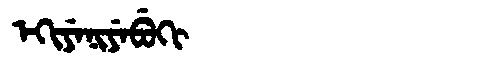
Manchu: ᡝᡴᡳᠶᡝᠨᡳᠶᡝᠪᡠᡴᡳ
Romanization: EKIYENIYEBUKI